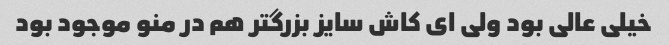
خیلی عالی بود ولی ای کاش سایز بزرگتر هم در منو موجود بود